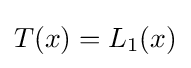
T(x)=L_{1}(x)